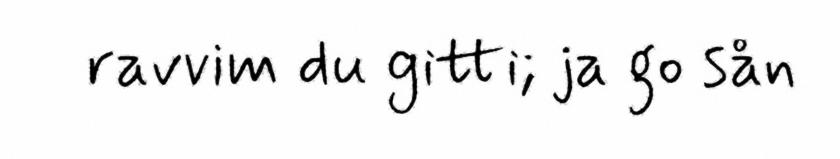
ravvim du gitti; ja go sån